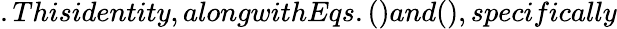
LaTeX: .Thisidentity,alongwithEqs.()and(),specifically